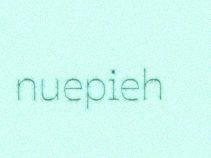
nuepieh